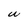
Character: U